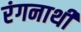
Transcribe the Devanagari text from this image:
रंगनाथी